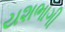
યશભાગી